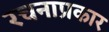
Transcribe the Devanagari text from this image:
रचनाप्रकार